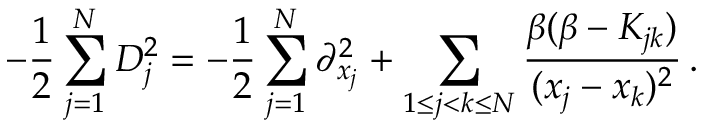
- \frac { 1 } { 2 } \sum _ { j = 1 } ^ { N } D _ { j } ^ { 2 } = - \frac { 1 } { 2 } \sum _ { j = 1 } ^ { N } \partial _ { x _ { j } } ^ { 2 } + \sum _ { 1 \leq j < k \leq N } \frac { \beta ( \beta - K _ { j k } ) } { ( x _ { j } - x _ { k } ) ^ { 2 } } \, .